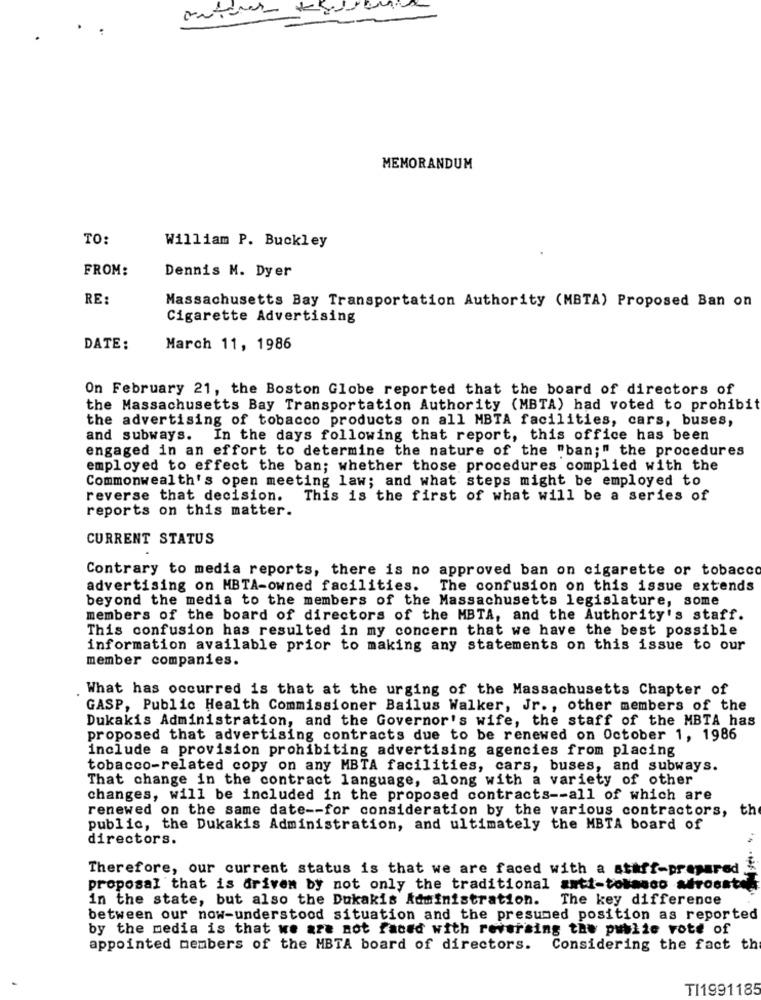
MEMORANDUM
TO:
William P. Buckley
FROM:
Dennis M. Dyer
RE:
Massachusetts Bay Transportation Authority (MBTA) Proposed Ban on
Cigarette Advertising
DATE:
March 11, 1986
On February 21, the Boston Globe reported that the board of directors of
the Massachusetts Bay Transportation Authority (MBTA) had voted to prohibit
the advertising of tobacco products on all MBTA facilities, cars, buses,
and subways. In the days following that report, this office has been
engaged in an effort to determine the nature of the "ban;" the procedures
employed to effect the ban; whether those procedures complied with the
Commonwealth's open meeting law; and what steps might be employed to
reverse that decision.
This is the first of what will be a series of
reports on this matter.
CURRENT STATUS
Contrary to media reports, there is no approved ban on cigarette or tobacco
advertising on HBTA-owned facilities.
The confusion on this issue extends
beyond the media to the members of the Massachusetts legislature, some
members of the board of directors of the MBTA, and the Authority's staff.
This confusion has resulted in my concern that we have the best possible
information available prior to making any statements on this issue to our
member companies.
What has occurred is that at the urging of the Massachusetts Chapter of
GASP, Public Health Commissioner Bailus Walker, Jr ., other members of the
Dukakis Administration, and the Governor's wife, the staff of the MBTA has
proposed that advertising contracts due to be renewed on October 1, 1986
include a provision prohibiting advertising agencies from placing
tobacco-related copy on any MBTA facilities, cars, buses, and subways.
That change in the contract language, along with a variety of other
changes, will be included in the proposed contracts -- all of which are
renewed on the same date -- for consideration by the various contractors, th
public, the Dukakis Administration, and ultimately the MBTA board of
directors.
Therefore, our current status is that we are faced with a athff-prepared
proposal that is driven by not only the traditional anti-tobacco afroeste
in the state, but also the Dukakis Administration.
The key difference
between our now-understood situation and the presumed position as reported
by the media is that we are not faced with reversing the public vote of
appointed members of the MBTA board of directors. Considering the fact th
TI1991185